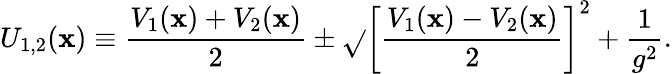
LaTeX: U_{1,2}(\mathbf{x})\equiv{\frac{{V_{1}(\mathbf{x})+V_{2}(\mathbf{x})}}{{2}}}\pm\sqrt{}{{\left[{\frac{{V_{1}(\mathbf{x})-V_{2}(\mathbf{x})}}{{2}}}\right]^{2}+{\frac{{1}}{{g^{2}}}}}}.